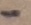
Text: -